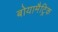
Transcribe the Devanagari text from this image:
बोयामैट्रिक